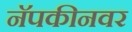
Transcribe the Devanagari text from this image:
नॅपकीनवर